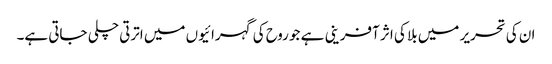
ان کی تحریر میں بلا کی اثر آفرینی ہے جو روح کی گہرائیوں میں اترتی چلی جاتی ہے۔